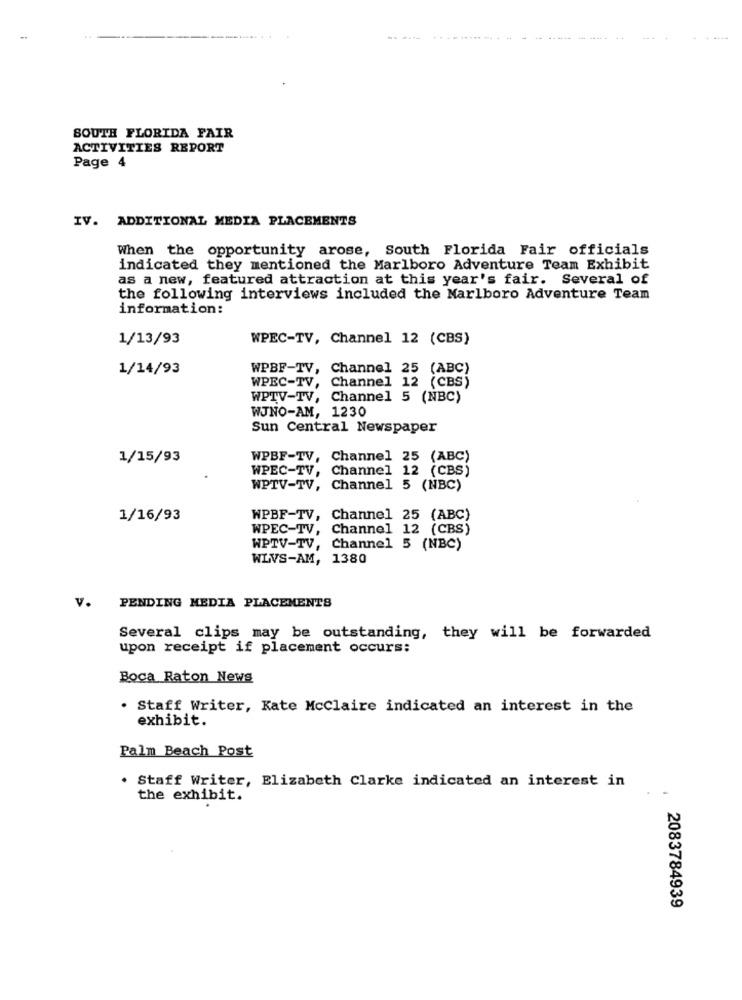
SOUTH FLORIDA FAIR
ACTIVITIES REPORT
Page 4
IV. ADDITIONAL MEDIA PLACEMENTS
When the opportunity arose, South Florida Fair officials
indicated they mentioned the Marlboro Adventure Team Exhibit
as a new, featured attraction at this year's fair. Several of
the following interviews included the Marlboro Adventure Team
information:
1/13/93
WPEC-TV, Channel 12 (CBS)
1/14/93
WPBF-TV, Channel 25 (ABC)
WPEC-TV, Channel 12 (CBS)
WPTV-TV, Channel 5 (NBC)
WJNO-AM, 1230
Sun Central Newspaper
1/15/93
WPBF-TV, Channel 25 (ABC)
WPEC-TV, Channel 12 (CBS)
WPTV-TV, Channel 5 (NBC)
1/16/93
WPBF-TV, Channel 25 (ABC)
WPEC-TV, Channel 12 (CBS)
WPTV-TV, Channel 5 (NBC)
WLVS-AM, 1380
v.
PENDING MEDIA PLACEMENTS
Several clips may be outstanding, they will be forwarded
upon receipt if placement occurs:
Boca Raton News
. Staff Writer, Kate McClaire indicated an interest in the
exhibit.
Palm Beach Post
. Staff Writer, Elizabeth Clarke indicated an interest in
the exhibit.
2083784939